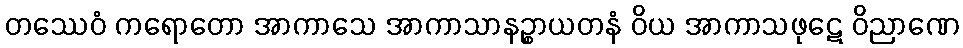
တဿေဝံ ကရောတော အာကာသေ အာကာသာနဉ္စာယတနံ ဝိယ အာကာသဖုဋေ ဝိညာဏေ